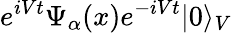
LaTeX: e^{iVt}\Psi_{\alpha}(x)e^{-iVt}\rvert 0\rangle_{V}